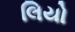
લિયો